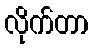
လိုက်တာ